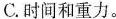
C.时间和重力。